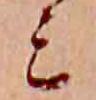
ミ